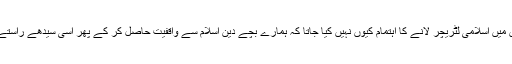
اپنے گھروں میں اسلامی لٹریچر لانے کا اہتمام کیوں نہیں کیا جاتا کہ ہمارے بچے دین اسلام سے واقفیت حاصل کر کے پھر اسی سیدھے راستے کو اپنائیں؟